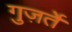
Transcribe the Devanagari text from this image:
गुज़र्ते